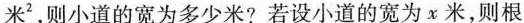
米^{ 2}，则小道的宽为多少米?若设小道的宽为 x 米，则根